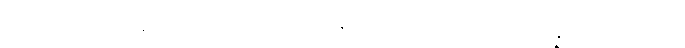
စုတာ၊ စုတေကုန်သည်ရှိသော်။ တတ္ထ၊ ထိုတာဝတိံသာဘုံ၌။ ဥပပန္နာ၊ ဖြစ်ကုန်၏။